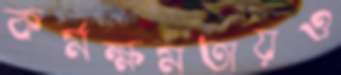
কর্মক্ষমতায়ও